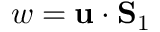
w = { \bf u } \cdot { \bf S } _ { 1 }